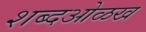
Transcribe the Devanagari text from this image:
शब्दओळख